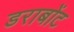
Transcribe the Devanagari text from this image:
डराबोंट